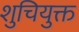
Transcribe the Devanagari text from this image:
शुचियुक्त